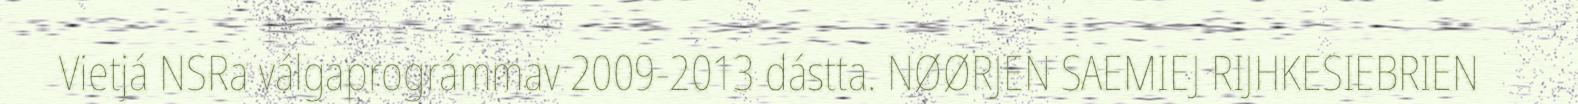
Vietjá NSRa válgaprográmmav 2009-2013 dástta. NØØRJEN SAEMIEJ RIJHKESIEBRIEN